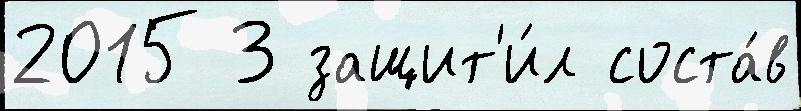
2015 3 защит'и́л соста́в